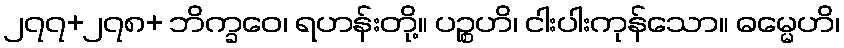
၂၇၇+၂၇၈+ ဘိက္ခဝေ၊ ရဟန်းတို့။ ပဉ္စဟိ၊ ငါးပါးကုန်သော။ ဓမ္မေဟိ၊